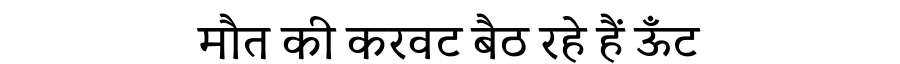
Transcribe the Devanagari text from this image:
मौत की करवट बैठ रहे हैं ऊँट